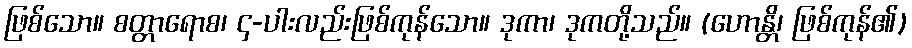
ဖြစ်သော။ စတ္တာရောစ၊ ၄-ပါးလည်းဖြစ်ကုန်သော။ ဒုကာ၊ ဒုကတို့သည်။ (ဟောန္တိ၊ ဖြစ်ကုန်၏)